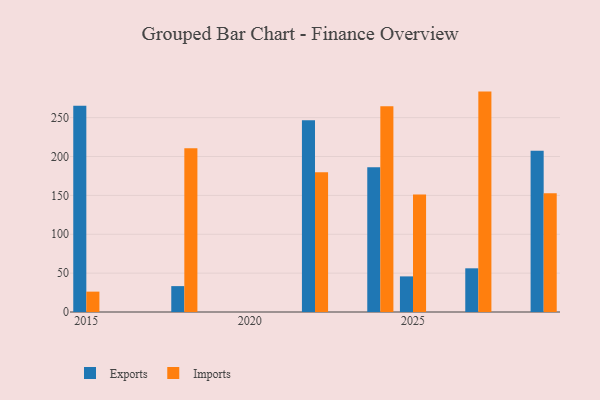
{"axis": {"x": "Year", "y": "Bounce Rate (%)"}, "legend": ["Exports", "Imports"], "data": [{"x": "2015", "y": 265.4, "type": "Exports"}, {"x": "2015", "y": 26.2, "type": "Imports"}, {"x": "2022", "y": 246.6, "type": "Exports"}, {"x": "2022", "y": 179.6, "type": "Imports"}, {"x": "2027", "y": 56.2, "type": "Exports"}, {"x": "2027", "y": 283.5, "type": "Imports"}, {"x": "2025", "y": 45.8, "type": "Exports"}, {"x": "2025", "y": 151.2, "type": "Imports"}, {"x": "2018", "y": 33.3, "type": "Exports"}, {"x": "2018", "y": 210.5, "type": "Imports"}, {"x": "2024", "y": 186.1, "type": "Exports"}, {"x": "2024", "y": 264.7, "type": "Imports"}, {"x": "2029", "y": 207.3, "type": "Exports"}, {"x": "2029", "y": 152.9, "type": "Imports"}]}